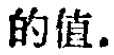
的值.